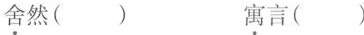
舍然() 寓言()